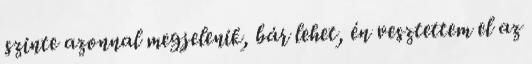
szinte azonnal megjelenik, bár lehet, én vesztettem el az